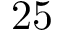
2 5